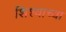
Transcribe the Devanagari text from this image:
शिश्याच्या